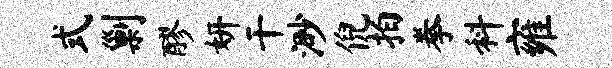
式剿醪妍干渺倪拍拳料雍